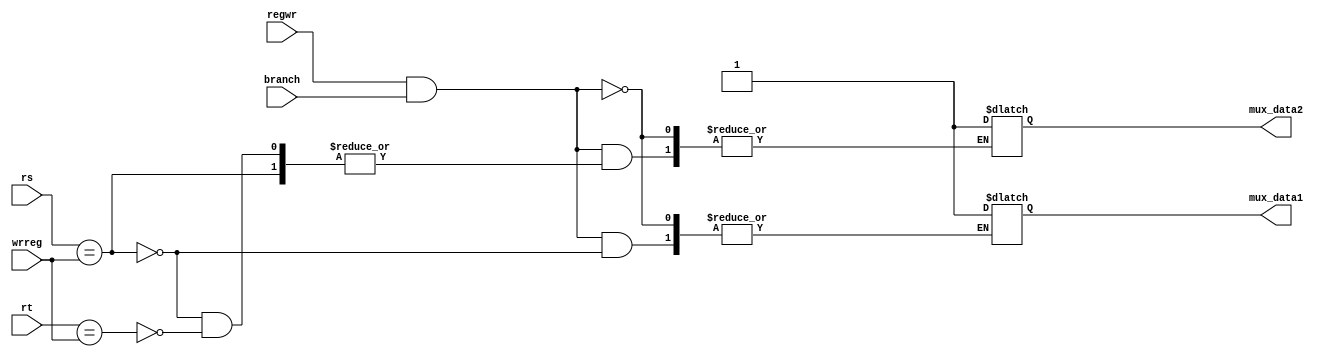
/*
    forwarding_s2. forwarding for stage for to stage 2

    Author(s): Matheus dos Reis <matheusdrdj@gmail.com>
               Lucas Matos <>
    
*/

`ifndef _forwarding
`define _forwarding

module forwarding (
    input wire [4:0] rt,
    input wire [4:0] rs,
    input wire [4:0] wrreg,
    input wire branch,
    input wire regwr,
    output reg mux_data1,mux_data2
);

    always @(*) begin
        if(regwr & branch) begin
            if(rs == wrreg)
                mux_data1 <= 1'b1;
            else if(rt == wrreg)
                mux_data2 <= 1'b1;
        end
    end
endmodule 

`endif